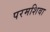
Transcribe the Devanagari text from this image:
परमशिवा